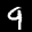
Label: 9